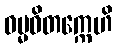
ဓမ္မဝိတက္ကေဟိ